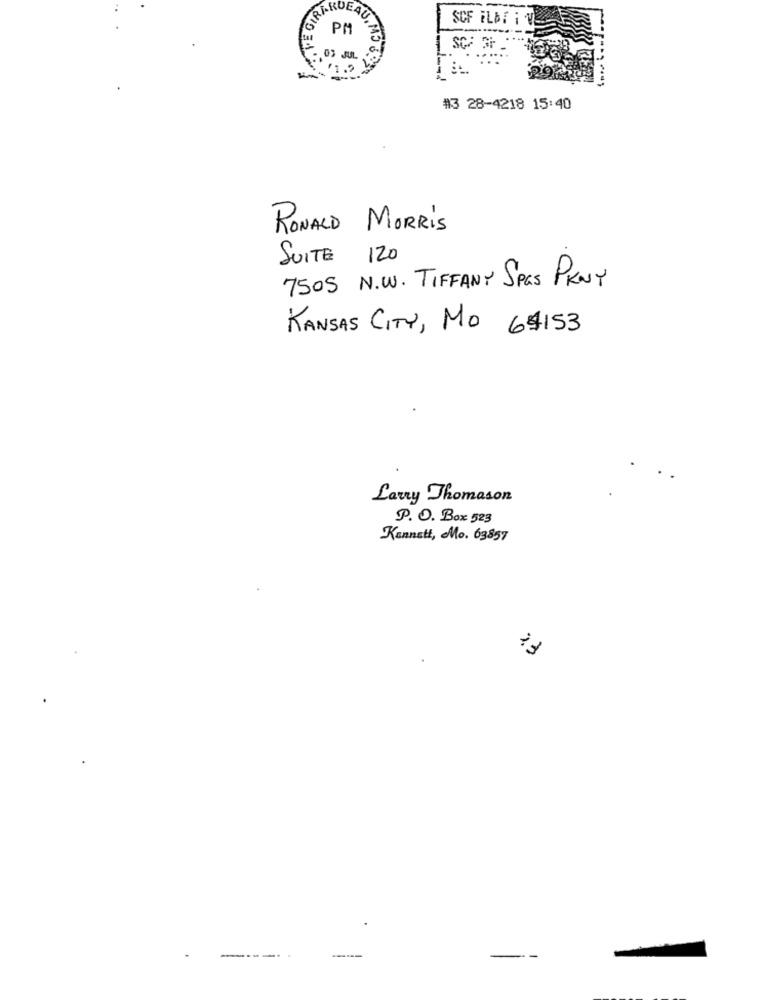
.VE GIR
LARDEAU.
SCF ELBE I V
AU. MJ 6
SC
03 JUL
#3 28-4218 15:40
RONALD MORRIS
SUITE 120
7505 N.W. TIFFANY SPAS PRNY
KANSAS CITY, MO 64153
Larry Thomason
P. O. Box 523
Kannstt, Mo. 63857